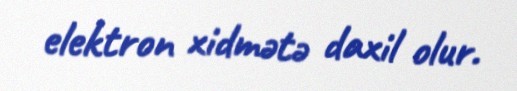
elektron xidmətə daxil olur.